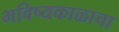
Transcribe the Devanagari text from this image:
भविष्यकाळाचा